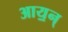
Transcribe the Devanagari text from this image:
आय॒न्